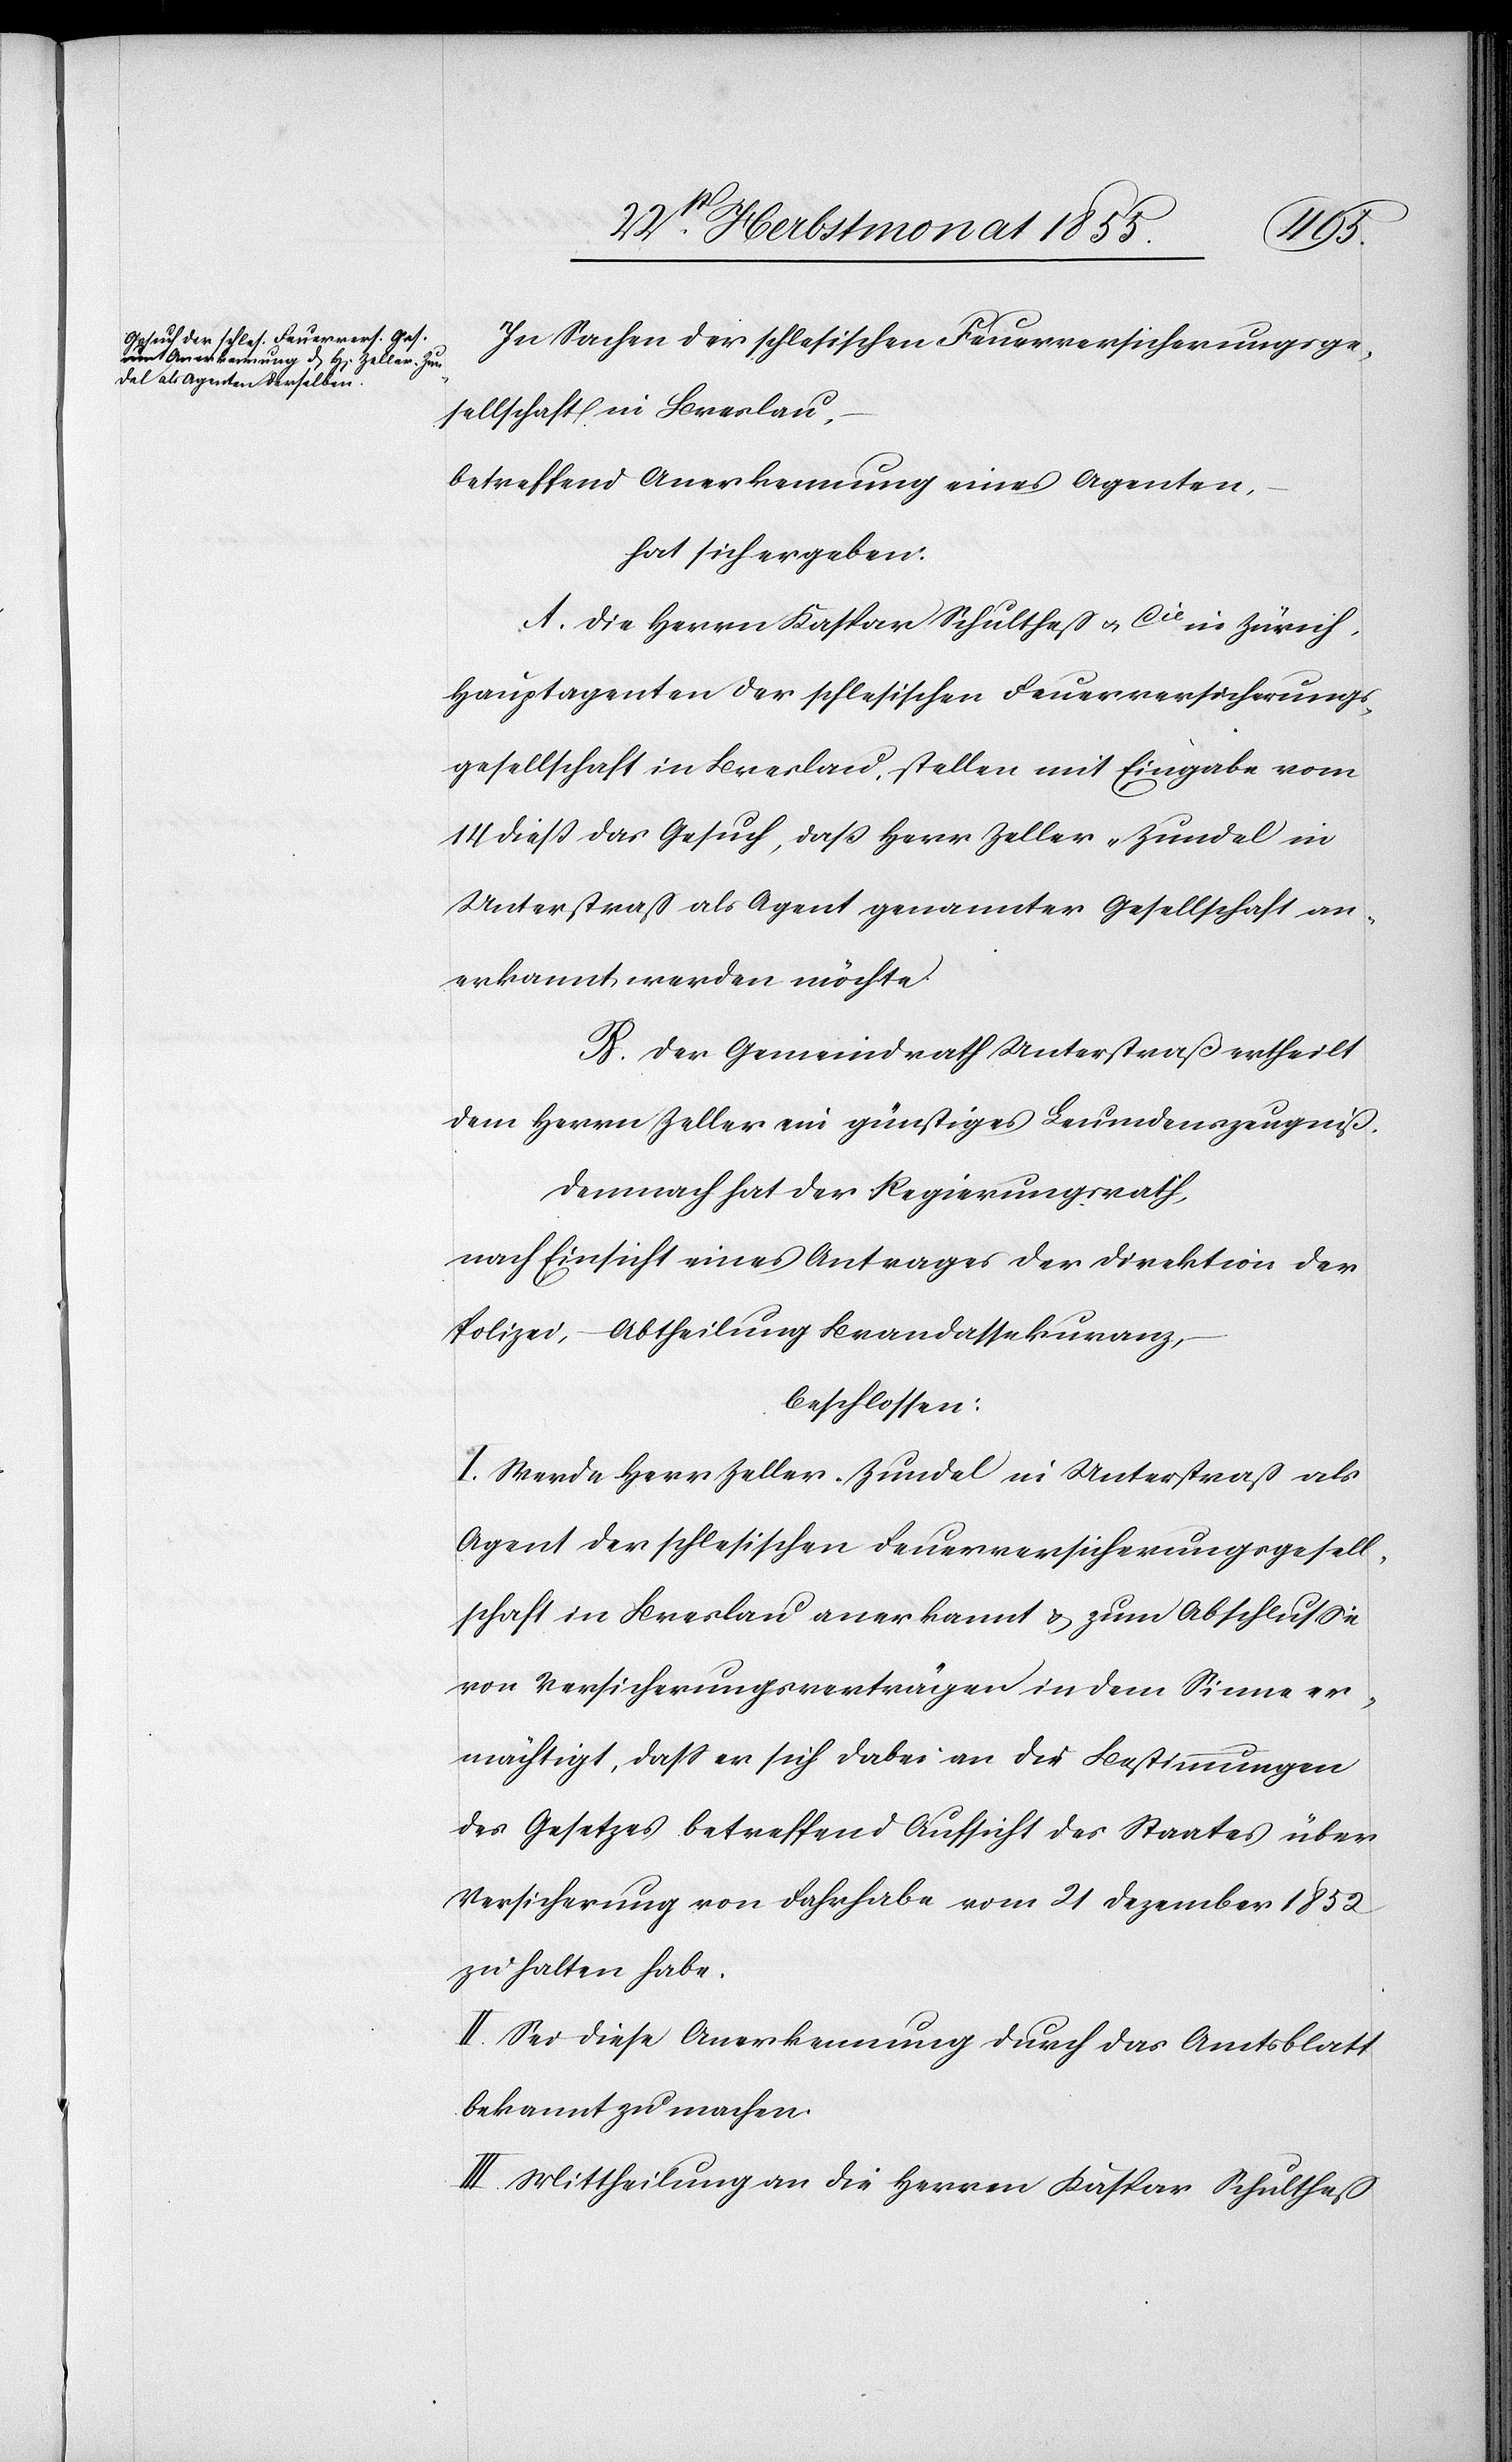
In Sachen der schlesischen Feuerversicherungsge¬
sellschaft in Breslau,
betreffend Anerkennung eines Agenten,
hat sich ergeben:
A. Die Herrn Kaspar Schultheß & Cie in Zürich,
Hauptagenten der schlesischen Feuerversicherungs¬
gesellschaft in Breslau, stellen mit Eingabe vom
14 dieß das Gesuch, daß Herr Zeller-Zundel in
Unterstraß als Agent genannter Gesellschaft an¬
erkannt werden möchte.
B. Der Gemeindrath Unterstraß ertheilt
dem Herrn Zeller ein günstiges Leumdenszeugniß.
Demnach hat der Regierungsrath,
nach Einsicht eines Antrages der Direktion der
Polizei, – Abtheilung Brandassekuranz,
beschlossen:
I. Werde Herr Zeller-Zundel in Unterstraß als
Agent der schlesischen Feuerversicherungsgesell¬
schaft in Breslau anerkannt & zum Abschlusse
von Versicherungsverträgen in dem Sinne er¬
mächtigt, dass er sich dabei an die Bestimmungen
des Gesetzes betreffend Aufsicht des Staates über
Versicherung von Fahrhabe vom 21 Dezember 1852
zu halten habe.
II. Sei diese Anerkennung durch das Amtsblatt
bekannt zu machen.
III. Mittheilung an die Herren Kaspar Schultheß